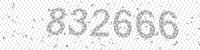
Solution: 832666